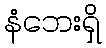
နံဘေးရှိ